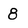
Character: 8